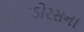
એપિડોરસના